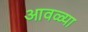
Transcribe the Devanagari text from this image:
आवळ्या